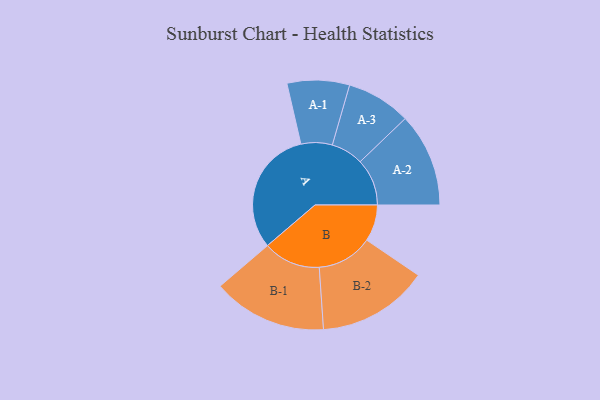
{"axis": {"x": "Segment", "y": "Value"}, "legend": ["", "A", "B"], "data": [{"x": "A", "y": 464, "type": ""}, {"x": "B", "y": 135, "type": ""}, {"x": "A-1", "y": 115, "type": "A"}, {"x": "A-2", "y": 173, "type": "A"}, {"x": "A-3", "y": 119, "type": "A"}, {"x": "B-1", "y": 211, "type": "B"}, {"x": "B-2", "y": 205, "type": "B"}]}